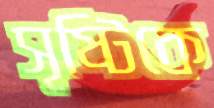
সৃষ্টিকে